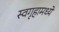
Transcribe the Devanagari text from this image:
स्वगृहामध्ये